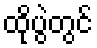
ထိုပွဲတွင်